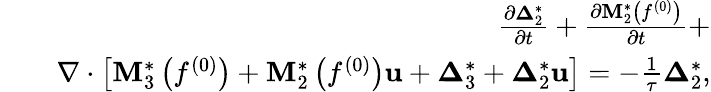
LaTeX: \begin{array}{rlr}&{}&{\frac{{\partial{\boldsymbol{\Delta}}_{2}^{*}}}{{\partial t}}+\frac{{\partial{\mathbf{M}}_{2}^{*}\left({{f^{(0)}}}\right)}}{{\partial t}}+}\\ &{}&{\nabla\cdot\left[{{\mathbf{M}}_{3}^{*}\left({{f^{(0)}}}\right)+{\mathbf{M}}_{2}^{*}\left({{f^{(0)}}}\right){\mathbf{u}}+{\boldsymbol{\Delta}}_{3}^{*}+{\boldsymbol{\Delta}}_{2}^{*}{\mathbf{u}}}\right]=-\frac{1}{\tau}{\boldsymbol{\Delta}}_{2}^{*},}\end{array}